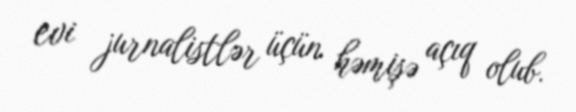
evi jurnalistlər üçün həmişə açıq olub.